Civil Veterinary Dept. Assam report 1911-1927 - 1911-1927
Year: 1911
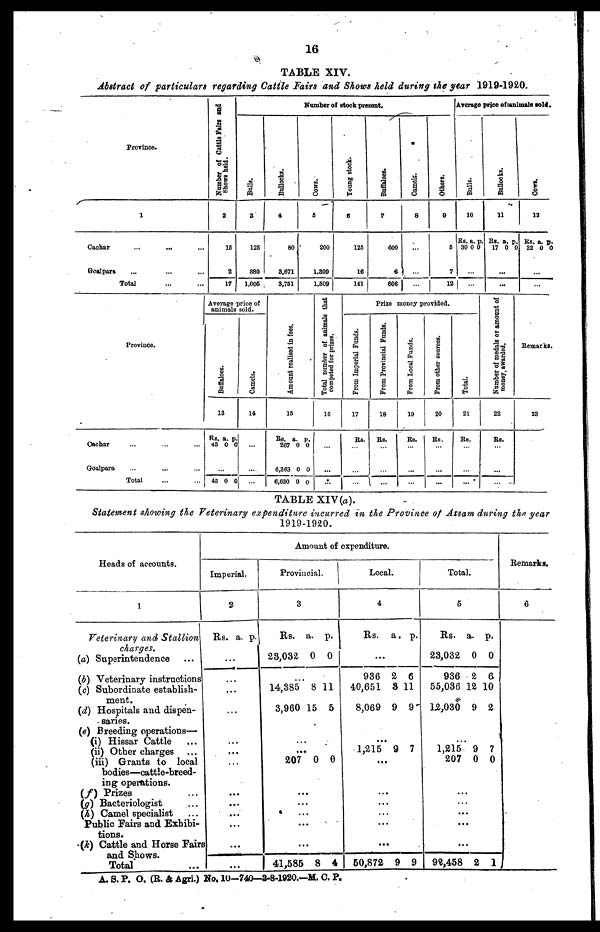
16
TABLE XIV.
Abstract of particulars regarding Cattle Fairs and Shows held during the year 1919-1920.
Province.
l
Cachar
...
.,.
Goalpara
Total
Number of Cattle Fairs and
Shows held.
2
16
2
17
Number of stock present.
Bulls.
3
125
880
1,005
Bullocks.
4
80
3,671
3,761
Cows.
6
200
1,309
1,509
Young stock.
6
126
16
141
Buffaloes.
7
600
6
606
Camels.
8
...
...
Others.
9
5
7
12
Average price of animals sold.
Bulls.
10
Rs.
30
...
a.
0
p.
0
Bullocks.
11
Rs.
17
.
.
a.
0
..
..
p.
0
Cows.
12
Rs.
22
a.
0
p.
0
Province.
Cachar
Goalpara
Total
Average
animals sold.
price of
Buf f
a l
oe s
.
13
Rs.
45
a.
0
p.
0
...
45 0 0
Camels.
14
...
Amo u n t r eal i s ed in fees.
15
Rs.
267
6,363
6,630
a.
0
0
0
p.
0
0
0
Total number of animals that
competed for prizes.
16
...
...
...
Prize money provided.
From Imperial Funds.
17
Rs.
...
...
From Provincial Funds.
18
Rs.
From Local Funds.
19
Rs.
From other sources.
20
Rs.
...
...
Total.
21
Rs.
Number of medals or amount of
money awarded.
22
Rs.
...
Remarks.
23
TABLE XIV (a).
Statement showing the Veterinary expenditure incurred in the Province of Assam during the year
1919-1920.
Heads of accounts.
1
Veterinary and Stallion
charges.
(a) Superintendence
(b) Veterinary instructions
(c) Subordinate establish-
ment.
(d) Hospitals and dispen-
saries.
(e) Breeding operations—
(i) Hissar Cattle
(ii) Other charges
(iii) Grants to local
bodies—cattle-breed-
ing operations.
(f) Prizes
(g) Bacteriologist
(h) Camel specialist
Public Fairs and Exhibi-
tions.
(k) Cattle and Horse Fairs
and Shows.
Total
Amount of expenditure.
Imperial.
2
Rs. a. p.
...
...
...
...
.
..
...
...
...
...
...
Provincial.
3
Rs.
23,032
a.
0
p.
0
...
14,385
3,960
8
15
11
5
...
207 0 0
...
...
...
...
...
41,585 8 4
Local.
4
Rs. a. p.
...
936
40,651
8,069
2
3
9
6
11
9
...
1,215 9 7
...
...
...
...
...
...
50,872 9 9
Total.
5
Rs.
23,032
936
55,036
12,030
a.
0
2
12 1
9
p.
0
6.
0
2
1,215
207
9
0
7
0
...
...
...
...
...
92,458 2 1
Remarks.
6
A. S. P. O. (E. & Agri.) No. 10-740—3-8-1920.—M. C. P.